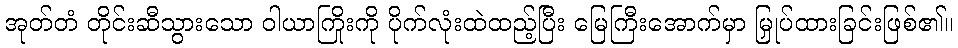
အုတ်တံ တိုင်းဆီသွားသော ဝါယာကြိုးကို ပိုက်လုံးထဲထည့်ပြီး မြေကြီးအောက်မှာ မြှုပ်ထားခြင်းဖြစ်၏။